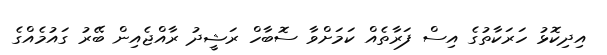
އިދިކޮޅު ހަރަކާތުގެ އިސް ފަރާތެއް ކަމަށްވާ ސޮބާހް ރަޝީދު ރާއްޖެއިން ބޭރު ގައުމެއްގެ